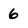
Character: 6